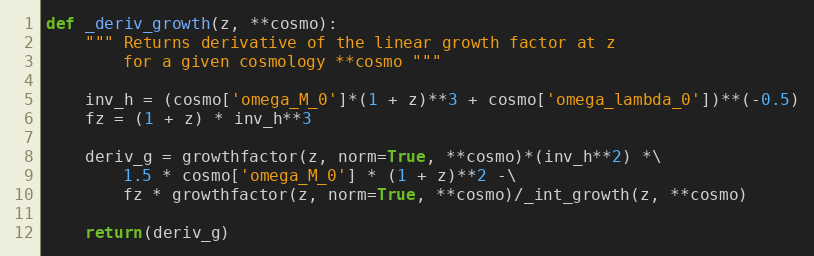
Language: Python
def _deriv_growth(z, **cosmo):
    """ Returns derivative of the linear growth factor at z
        for a given cosmology **cosmo """

    inv_h = (cosmo['omega_M_0']*(1 + z)**3 + cosmo['omega_lambda_0'])**(-0.5)
    fz = (1 + z) * inv_h**3

    deriv_g = growthfactor(z, norm=True, **cosmo)*(inv_h**2) *\
        1.5 * cosmo['omega_M_0'] * (1 + z)**2 -\
        fz * growthfactor(z, norm=True, **cosmo)/_int_growth(z, **cosmo)

    return(deriv_g)